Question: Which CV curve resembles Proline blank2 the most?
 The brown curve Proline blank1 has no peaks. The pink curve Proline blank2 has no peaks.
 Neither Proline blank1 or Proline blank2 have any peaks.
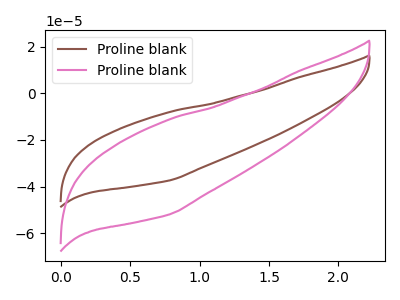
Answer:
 <answer>The CV with the most similar shape to "Proline blank1" is "Proline blank2".</answer>
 <eval>"Proline blank2"</eval>